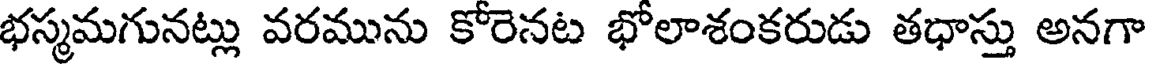
భస్మమగునట్లు వరమును కోరెనట భోలాశంకరుడు తధాస్తు అనగా